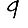
Digit: 9